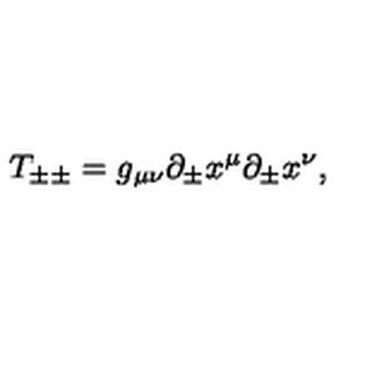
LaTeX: T _ { \pm \pm } = g _ { \mu \nu } \partial _ { \pm } x ^ { \mu } \partial _ { \pm } x ^ { \nu } ,